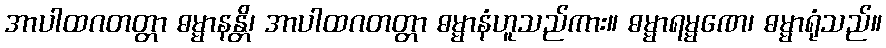
အာပါထဂတတ္တာ ဓမ္မာနန္တိ၊ အာပါထဂတတ္တာ ဓမ္မာနံဟူသည်ကား။ ဓမ္မာရမ္မဏေ၊ ဓမ္မာရုံသည်။